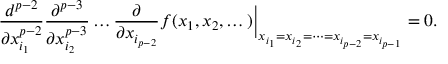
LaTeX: \frac { d ^ { p - 2 } } { \partial x _ { i _ { 1 } } ^ { p - 2 } } \frac { \partial ^ { p - 3 } } { \partial x _ { i _ { 2 } } ^ { p - 3 } } \dots \frac { \partial } { \partial x _ { i _ { p - 2 } } } f ( x _ { 1 } , x _ { 2 } , \dots ) \biggr | _ { x _ { i _ { 1 } } = x _ { i _ { 2 } } = \dots = x _ { i _ { p - 2 } } = x _ { i _ { p - 1 } } } = 0 .